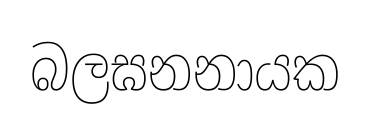
බලඝනනායක